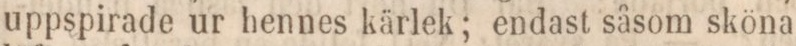
uppspirade ur hennes kärlek; endast såsom sköna